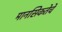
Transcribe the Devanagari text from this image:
मानसिकतेचे